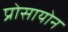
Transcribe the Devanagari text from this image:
प्रोसायोन